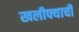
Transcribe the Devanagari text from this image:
खलीफ्याची